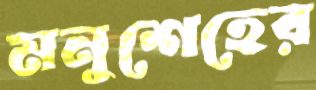
মনুশেহের